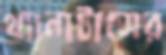
থ্যানাটাসের